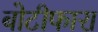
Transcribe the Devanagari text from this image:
बोटीफारा